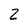
Character: 2